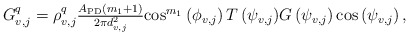
\begin{align*}\begin{array}{*{20}{l}}{{G_{v,j}^q} = \rho_{v,j}^q\frac{{{A_{{\rm{PD}}}}\left( {m_1 + 1} \right)}}{{2\pi d_{v,j}^2}}{\cos ^{m_1}}\left( {{\phi _{v,j}}} \right)T\left( {{\psi _{v,j}}} \right)}{G\left( {{\psi _{v,j}}} \right) {\cos }\left( {{\psi _{v,j}}} \right),}\end{array}\end{align*}